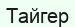
Тайгер